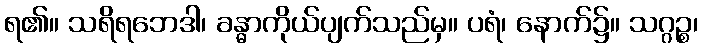
ရ၏။ သရိရဘေဒါ၊ ခန္ဓာကိုယ်ပျက်သည်မှ။ ပရံ၊ နောက်၌။ သဂ္ဂဉ္စ၊